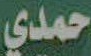
حمدي